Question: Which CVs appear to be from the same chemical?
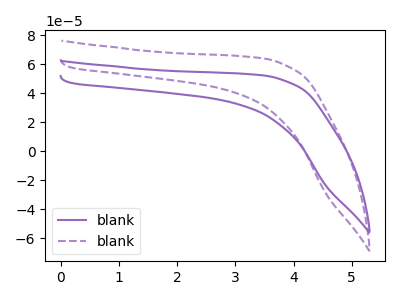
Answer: <think>The purple curve "blank1" has no peaks. The purple dashed curve "blank2" has no peaks.
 Neither "blank1" or "blank2" have any peaks.</think>
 <answer>"blank1" and "blank2" have the same shape and are likely CV's of the same chemical.</answer>
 <eval>"blank1" "blank2"</eval>